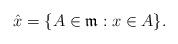
LaTeX: \begin{align*}\hat{x}=\{A\in \mathfrak{m}:x\in A\}.\end{align*}